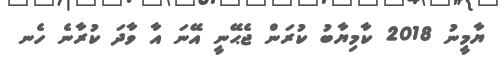
ޔާމީނު 2018 ކާމިޔާބު ކުރަން ޖެޙޭނީ އޭނަ އާ ވާދަ ކުރާނެ ހެނ